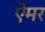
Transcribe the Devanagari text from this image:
ऐमर